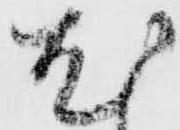
尤